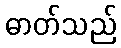
ဓာတ်သည်